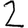
Digit: 2